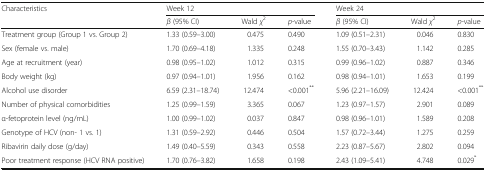
<table><thead><tr><td rowspan="2"><b>Characteristics</b></td><td colspan="3"><b>Week 12</b></td><td colspan="3"><b>Week 24</b></td></tr><tr><td><b><i>β</i> (95% CI)</b></td><td><b>Wald <i>χ</i><sup>2</sup></b></td><td><b><i>p</i>-value</b></td><td><b><i>β</i> (95% CI)</b></td><td><b>Wald <i>χ</i><sup>2</sup></b></td><td><b><i>p</i>-value</b></td></tr></thead><tbody><tr><td>Treatment group (Group 1 vs. Group 2)</td><td>1.33 (0.59–3.00)</td><td>0.475</td><td>0.490</td><td>1.09 (0.51–2.31)</td><td>0.046</td><td>0.830</td></tr><tr><td>Sex (female vs. male)</td><td>1.70 (0.69–4.18)</td><td>1.335</td><td>0.248</td><td>1.55 (0.70–3.43)</td><td>1.142</td><td>0.285</td></tr><tr><td>Age at recruitment (year)</td><td>0.98 (0.95–1.02)</td><td>1.012</td><td>0.315</td><td>0.99 (0.96–1.02)</td><td>0.887</td><td>0.346</td></tr><tr><td>Body weight (kg)</td><td>0.97 (0.94–1.01)</td><td>1.956</td><td>0.162</td><td>0.98 (0.94–1.01)</td><td>1.653</td><td>0.199</td></tr><tr><td>Alcohol use disorder</td><td>6.59 (2.31–18.74)</td><td>12.474</td><td>&lt;0.001<sup>**</sup></td><td>5.96 (2.21–16.09)</td><td>12.424</td><td>&lt;0.001<sup>**</sup></td></tr><tr><td>Number of physical comorbidities</td><td>1.25 (0.99–1.59)</td><td>3.365</td><td>0.067</td><td>1.23 (0.97–1.57)</td><td>2.901</td><td>0.089</td></tr><tr><td>α-fetoprotein level (ng/mL)</td><td>1.00 (0.99–1.02)</td><td>0.037</td><td>0.847</td><td>0.98 (0.96–1.01)</td><td>1.589</td><td>0.208</td></tr><tr><td>Genotype of HCV (non- 1 vs. 1)</td><td>1.31 (0.59–2.92)</td><td>0.446</td><td>0.504</td><td>1.57 (0.72–3.44)</td><td>1.275</td><td>0.259</td></tr><tr><td>Ribavirin daily dose (g/day)</td><td>1.49 (0.40–5.59)</td><td>0.343</td><td>0.558</td><td>2.23 (0.87–5.67)</td><td>2.802</td><td>0.094</td></tr><tr><td>Poor treatment response (HCV RNA positive)</td><td>1.70 (0.76–3.82)</td><td>1.658</td><td>0.198</td><td>2.43 (1.09–5.41)</td><td>4.748</td><td>0.029<sup>*</sup></td></tr></tbody></table>